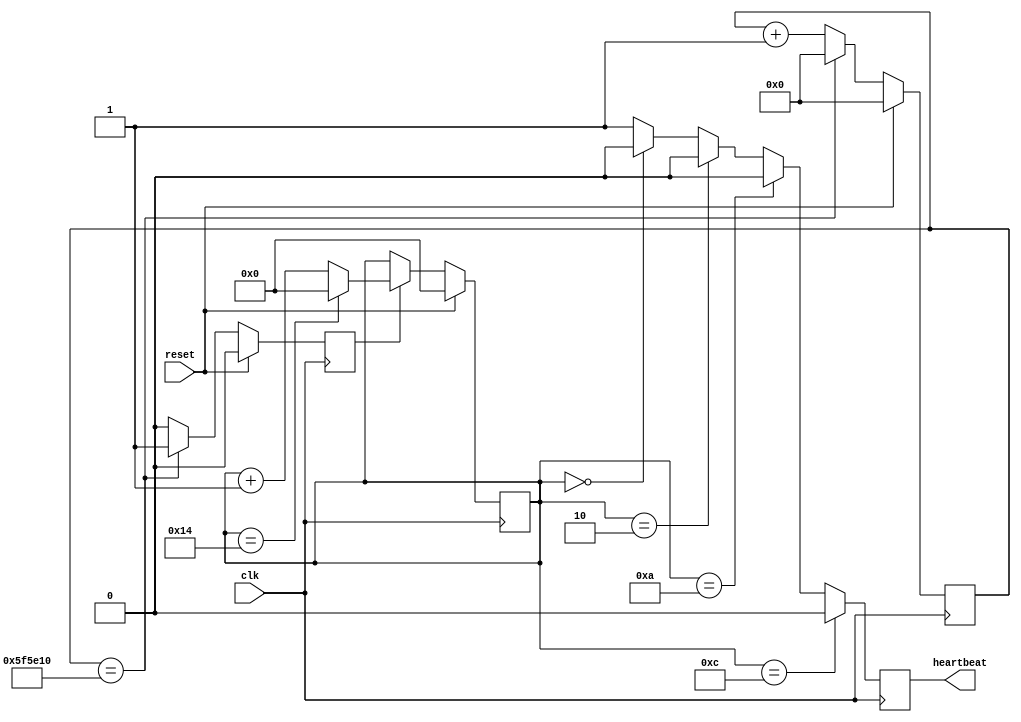
module cpci_heartbeat
   (
    output reg heartbeat,
    input reset,
    input clk
    );
   parameter MAX_COUNT = 6250000;
   reg [23:0] ten_hertz_count;
   always @(posedge clk)
     if (reset) ten_hertz_count <= 'h0;
     else
       if (ten_hertz_count == MAX_COUNT) ten_hertz_count <= 'h0;
       else ten_hertz_count <= ten_hertz_count + 24'h1;
   reg 	      ten_hertz;
   always @(posedge clk)
     if (reset) ten_hertz <= 'h0;
     else ten_hertz <= (ten_hertz_count == MAX_COUNT) ? 1 : 0;
   reg [4:0]  slow_count;
   always @(posedge clk)
     if (reset) slow_count <= 'h0;
     else if (ten_hertz) begin
	if (slow_count == 20) slow_count <= 'h0;
	else                  slow_count <= slow_count + 'h1;
     end
   reg 	      heartbeat_nxt;
   always @* begin
      heartbeat_nxt = 1;
      if (slow_count == 'd0 ) heartbeat_nxt = 0;
      if (slow_count == 'd2 ) heartbeat_nxt = 0;
      if (slow_count == 'd10) heartbeat_nxt = 0;
      if (slow_count == 'd12) heartbeat_nxt = 0;
   end
   always @(posedge clk) heartbeat <= heartbeat_nxt;
endmodule